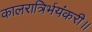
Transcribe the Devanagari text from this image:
कालरात्रिर्भयंकरी॥